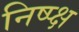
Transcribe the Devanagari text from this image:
निष्प्क्ष